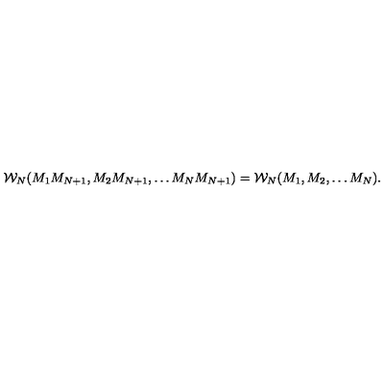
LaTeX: { \cal W } _ { N } ( M _ { 1 } M _ { N + 1 } , M _ { 2 } M _ { N + 1 } , \dots M _ { N } M _ { N + 1 } ) = { \cal W } _ { N } ( M _ { 1 } , M _ { 2 } , \dots M _ { N } ) .